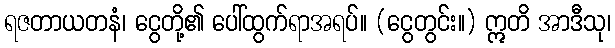
ရဇတာယတနံ၊ ငွေတို့၏ ပေါ်ထွက်ရာအရပ်။ (ငွေတွင်း။) ဣတိ အာဒီသု၊